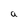
Character: a